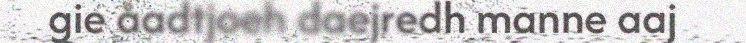
gie åadtjoeh daejredh manne aaj